Report on sanitation, dispensaries, and jails in Rajputana for 1920, and on vaccination for the year 1920-1921 - 1920-1921
Year: 1920
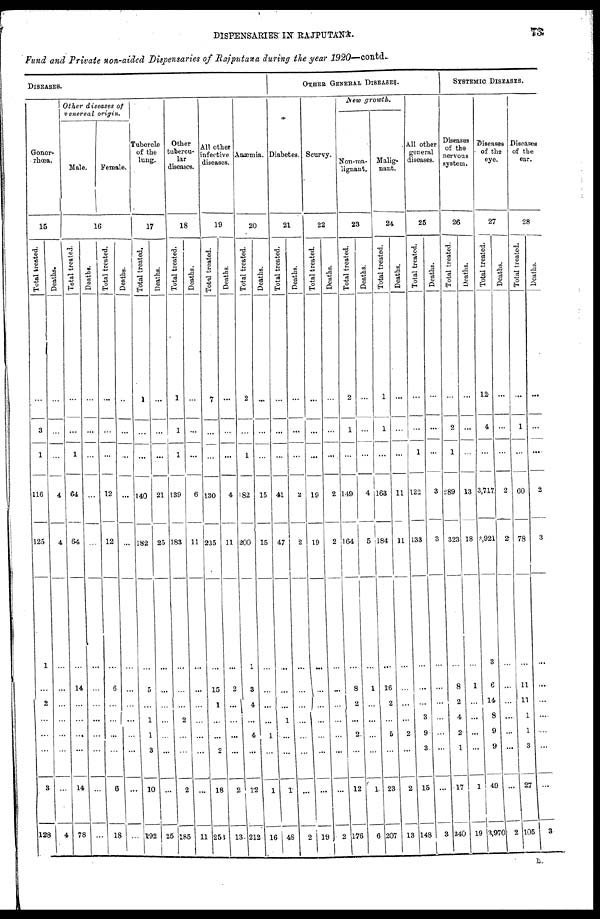
DISPENSARIES IN RAJPUTANA.
73
Fund and Private non-aided Dispensaries of Rajputana during the year 1920—contd.
DISEASES.
Gonor-
rhœa.
15
Total treated.
...
3
1
116
125
1
...
2
...
...
...
3
128
Deaths.
...
...
...
4
4
...
...
...
...
...
...
...
4
Other diseases of
venereal origin.
Male.
Female.
16
Total treated.
...
...
1
64
64
...
14
...
...
...
...
14
78
Deaths.
...
...
...
...
...
...
...
...
...
...
...
...
...
Total treated.
...
...
...
12
12
...
6
...
...
...
...
6
18
Deaths.
...
...
...
...
...
...
...
...
...
...
...
...
...
Tubercle
of the
lung.
17
Total treated.
1
...
...
140
182
...
5
...
1
1
3
10
192
Deaths.
...
...
...
21
25
...
...
...
...
...
...
...
25
Other
tubercu-
lar
diseases.
18
Total treated.
1
1
1
139
183
...
...
...
2
...
...
2
185
Deaths.
...
...
...
6
11
...
...
...
...
...
...
...
11
Alt other
infective
diseases.
19
Total treated.
7
...
...
130
235
...
15
1
...
...
2
18
251
Deaths.
...
...
...
4
11
...
2
... 1
...
...
2
13
Anœmia.
20
Total treated.
2
...
1
182
200
1
3
4
...
4
...
12
212
Deaths.
...
...
...
15
15
...
...
...
...
1
...
1
16
OTHER GENERAL DISEASES.
Diabetes.
21
Total treated.
...
...
...
41
47
...
...
...
1
...
...
1
48
Deaths.
...
...
...
2
2
...
...
...
...
...
...
...
2
Scurvy.
22
Total treated.
...
...
...
19
19
...
...
...
...
...
...
...
19
Deaths.
...
...
...
2
2
...
...
...
...
...
...
...
2
New growth.
Non-ma-
lignant.
23
Total treated.
2
1
...
149
164
...
8
2
...
2
...
12
176
Deaths.
...
...
...
4
5
...
1
...
...
...
...
1
6
Malig-
nant.
24
Total treated.
1
1
...
163
184
...
16
2
...
5
...
23
207
Deaths.
...
...
...
11
11
...
...
...
...
2
...
2
13
All other
general
diseases.
25
Total treated.
...
...
1
122
133
...
...
...
3
9
3
15
148
Deaths.
...
...
...
3
3
...
...
...
...
...
...
...
3
SYSTEMIC DISEASES.
Diseases
of the
nervous
system.
26
Total treated.
...
2
1
289
323
...
8
2
4
2
1
17
340
Deaths.
...
...
...
13
18
...
1
...
...
...
...
1
19
Diseases
of the
eye.
27
Total treated.
12
4
...
3,717
3,921
3
6
14
8
9
9
49
3,970
Deaths.
...
...
...
2
2
...
...
...
....
...
...
... 2
Diseases
of the
ear.
28
Total treated.
...
1
...
60
78
...
11
11
1
1
3
27
105
Deaths.
...
...
...
2
3
...
...
...
....
...
...
...
3
L